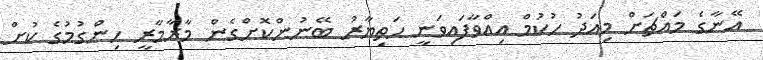
އޭނާގެ މައްޗަށް މިއަދު ހުކުމް އިއްވާފައިވަނީ ހަތިޔާރު ބޭނުންކޮށްގެން މާރާމާރީ ހިންގުމުގެ ކުށް